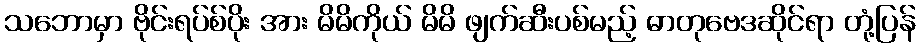
သဘောမှာ ဗိုင်းရပ်စ်ပိုး အား မိမိကိုယ် မိမိ ဖျက်ဆီးပစ်မည့် ဓာတုဗေဒဆိုင်ရာ တုံ့ပြန်